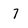
Character: 7